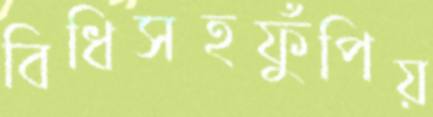
বিধিসহফুঁপিয়